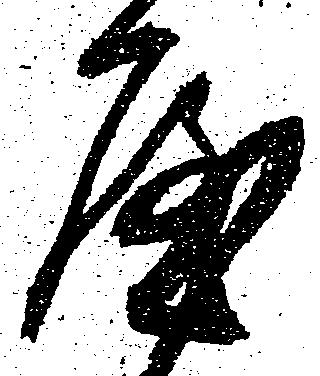
や